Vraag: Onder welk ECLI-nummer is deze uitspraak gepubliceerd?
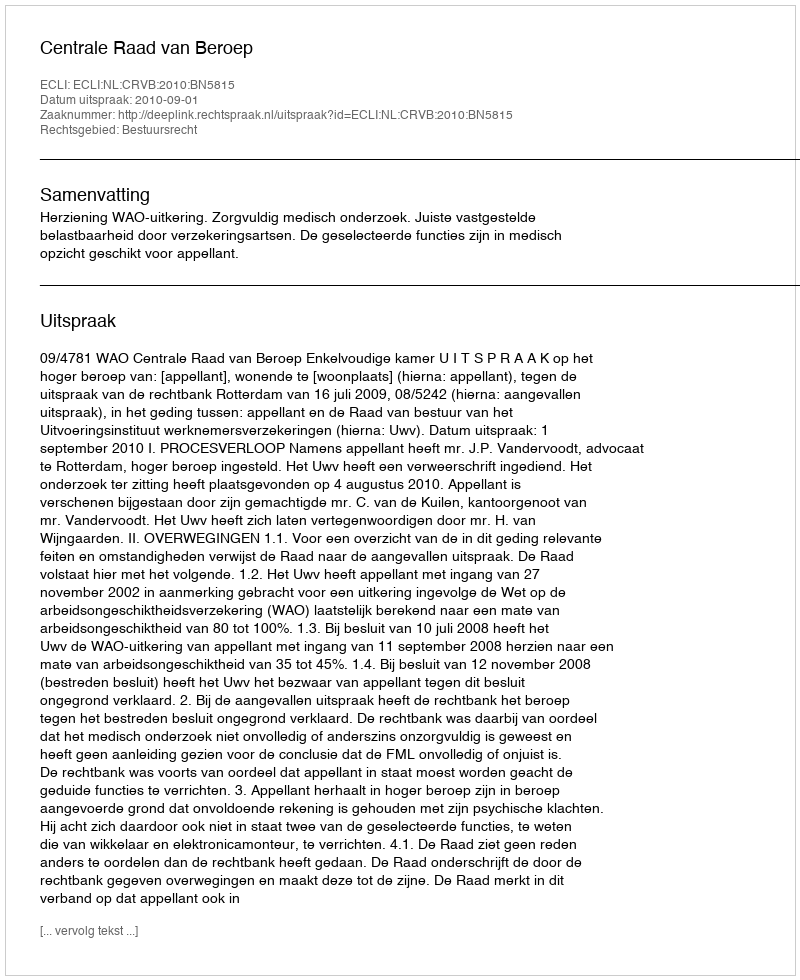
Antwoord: ECLI:NL:CRVB:2010:BN5815